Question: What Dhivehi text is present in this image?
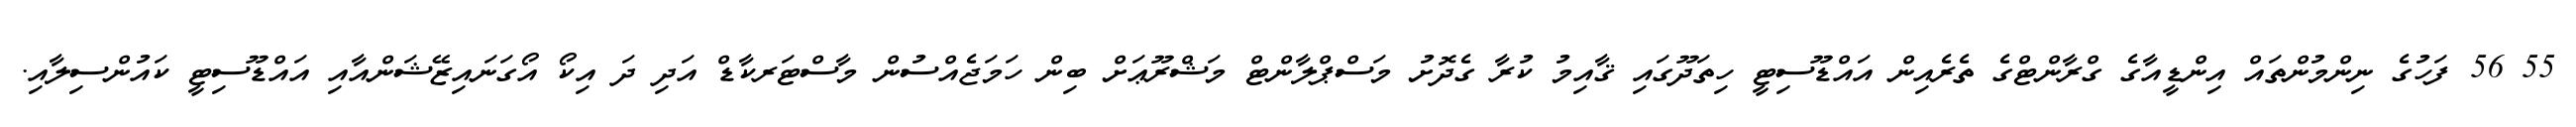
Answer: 55 56 ފަހުގެ ނިންމުންތައް އިންޑީއާގެ ގްރާންޓްގެ ތެރެއިން އައްޑޫސިޓީ ހިތަދޫގައި ޤާއިމު ކުރާ ގެދޮށު މަސްޕްލާންޓް މަޝްރޫޢަށް ބިން ހަމަޖެއްސުން މާސްޓަރކާޑް އަދި ދަ އިކޯ އޯގަނައިޒޭޝަންއާއި އައްޑޫސިޓީ ކައުންސިލާއި.